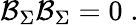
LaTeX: \mathcal{B}_{\Sigma}\mathcal{B}_{\Sigma}=0\; .